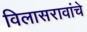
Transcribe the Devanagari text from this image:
विलासरावांचे